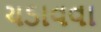
ચડાવવા